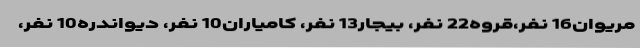
مریوان16 نفر،قروه22 نفر، بیجار13 نفر، کامیاران10 نفر، دیواندره10 نفر،